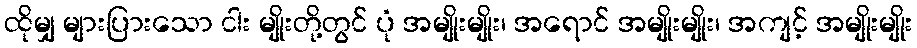
ထိုမျှ များပြားသော ငါး မျိုးတို့တွင် ပုံ အမျိုးမျိုး၊ အရောင် အမျိုးမျိုး၊ အကျင့် အမျိုးမျိုး